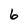
Character: 6